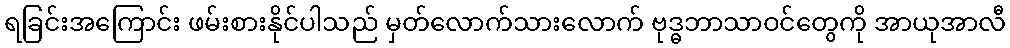
ရခြင်းအကြောင်း ဖမ်းစားနိုင်ပါသည် မှတ်လောက်သားလောက် ဗုဒ္ဓဘာသာဝင်တွေကို အာယုအာလီ